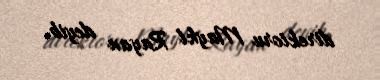
direktoru Maykl Rayan deyib.